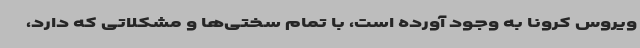
ویروس کرونا به وجود آورده است، با تمام سختی‌ها و مشکلاتی که دارد،